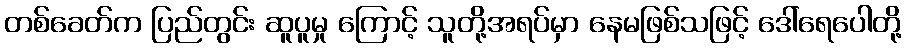
တစ်ခေတ်က ပြည်တွင်း ဆူပူမှု ကြောင့် သူတို့အရပ်မှာ နေမဖြစ်သဖြင့် ဒေါ်ရေပေါတို့